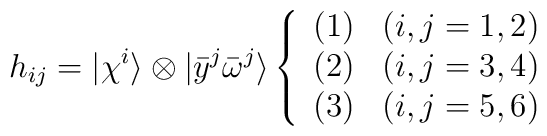
h_{ij}=|\chi^i\rangle\otimes|{\bar y}^j{\bar \omega}^j\rangle\left\{\begin{array}{ll}(1)& (i,j=1,2)\\(2)& (i,j=3,4)\\(3)& (i,j=5,6)\end{array}\right.